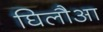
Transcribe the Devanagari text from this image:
घिलौआ